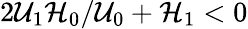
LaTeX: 2\mathcal{U}_{1}\mathcal{H}_{0}/\mathcal{U}_{0}+\mathcal{H}_{1}<0